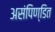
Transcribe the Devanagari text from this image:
असंपिण्डित